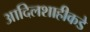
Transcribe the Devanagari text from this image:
आदिलशाहीकडे